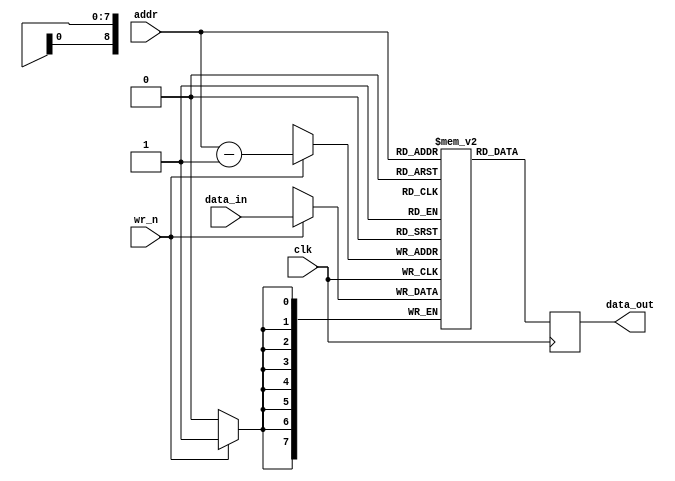
//--------------------------------------------------------------------------------------------------
// Design    : bitstream_p
            
//-------------------------------------------------------------------------------------------------


// // 
module ram
(
clk,
wr_n, 
addr, 
data_in, 
data_out
);
parameter addr_bits = 9;
parameter data_bits = 8;
input     clk;
input     wr_n;
input     [addr_bits-1:0]  addr;
input     [data_bits-1:0]  data_in;
output    [data_bits-1:0]  data_out;

reg       [data_bits-1:0]  ram[0:(1 << addr_bits) -1];
reg       [data_bits-1:0]  data_out;

//read
always @ ( posedge clk )
begin
    data_out <= ram[addr];
end 

//write
always @ (posedge clk)
begin
    if (wr_n)
        ram[addr-1] <= data_in;
end

endmodule